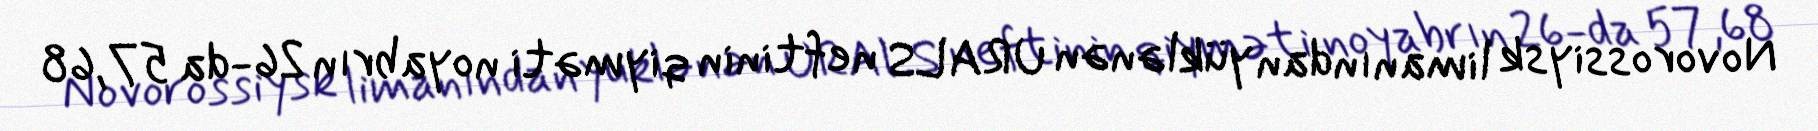
Novorossiysk limanından yüklənən URALS neftinin qiyməti noyabrın 26-da 57,68